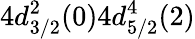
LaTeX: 4d_{3/2}^{2}(0)4d_{5/2}^{4}(2)